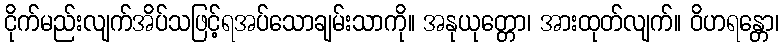
ငိုက်မည်းလျက်အိပ်သဖြင့်ရအပ်သောချမ်းသာကို။ အနုယုတ္တော၊ အားထုတ်လျက်။ ဝိဟရန္တော၊